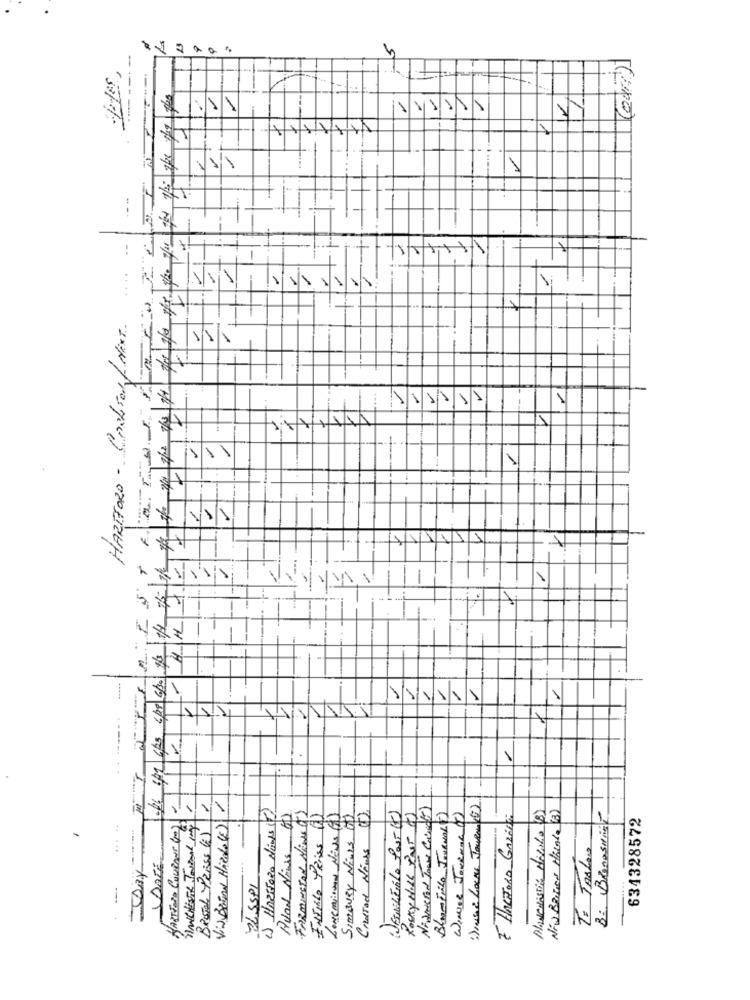
5
FI
1
-
....
1
HARTFORD - CrabFor/NEXT
11/1
111111
11/1/11/
5
1
DISTAB -,
11/1
--.
1
11/11/11
1
1
1
1) HARSTORO MANS (T)
FARMINGTON Niwest)
:)INGAR LOCAL Journ(t)
MANcristian Micilio (8)
Via BaJON HARdo (E)
Avan Ninis 69
ENSINO PRESS (7)
SIMBURY Nimes (0)
Rosay HILL Par F
BlumFilo JOURNAL ()
WINNER JOURNAL )
É HACETORO GARANT:
NEW Banned Hisale (B)
634328572
HARTFORD COURANT 60)
Basal PRiss ()
Creastad Ninas
T= JABLes
DATE
ELSSPI